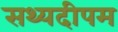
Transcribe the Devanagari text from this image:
सथ्यदीपम